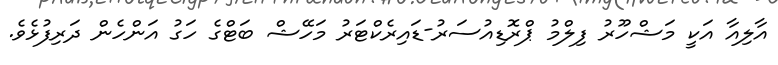
އާލިއާ އަކީ މަޝްހޫރު ފިލްމު ޕްރޮޑިއުސަރު-ޑައިރެކްޓަރު މަހޭޝް ބަޓްގެ ހަގު އަންހެން ދަރިފުޅެވެ.